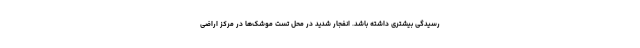
رسیدگی بیشتری داشته باشد. انفجار شدید در محل تست موشک‌ها در مرکز اراضی